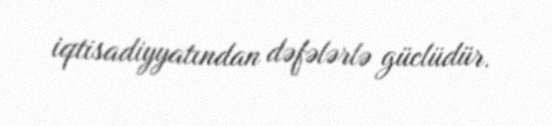
iqtisadiyyatından dəfələrlə güclüdür.